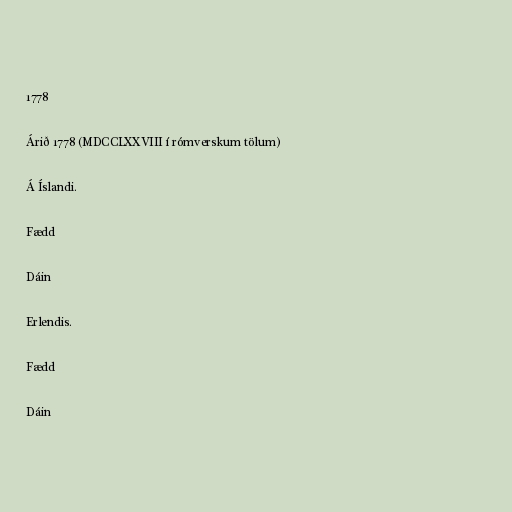
1778

Árið 1778 (MDCCLXXVIII í rómverskum tölum)

Á Íslandi.

Fædd

Dáin

Erlendis.

Fædd

Dáin